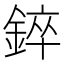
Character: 錊